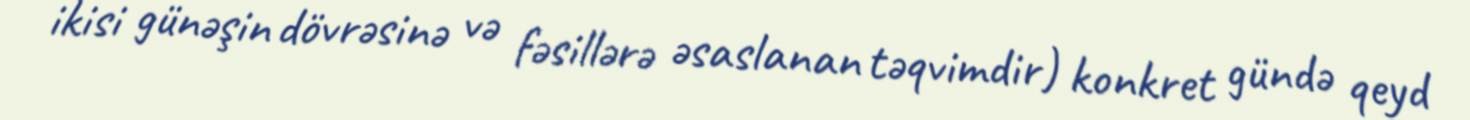
ikisi günəşin dövrəsinə və fəsillərə əsaslanan təqvimdir) konkret gündə qeyd